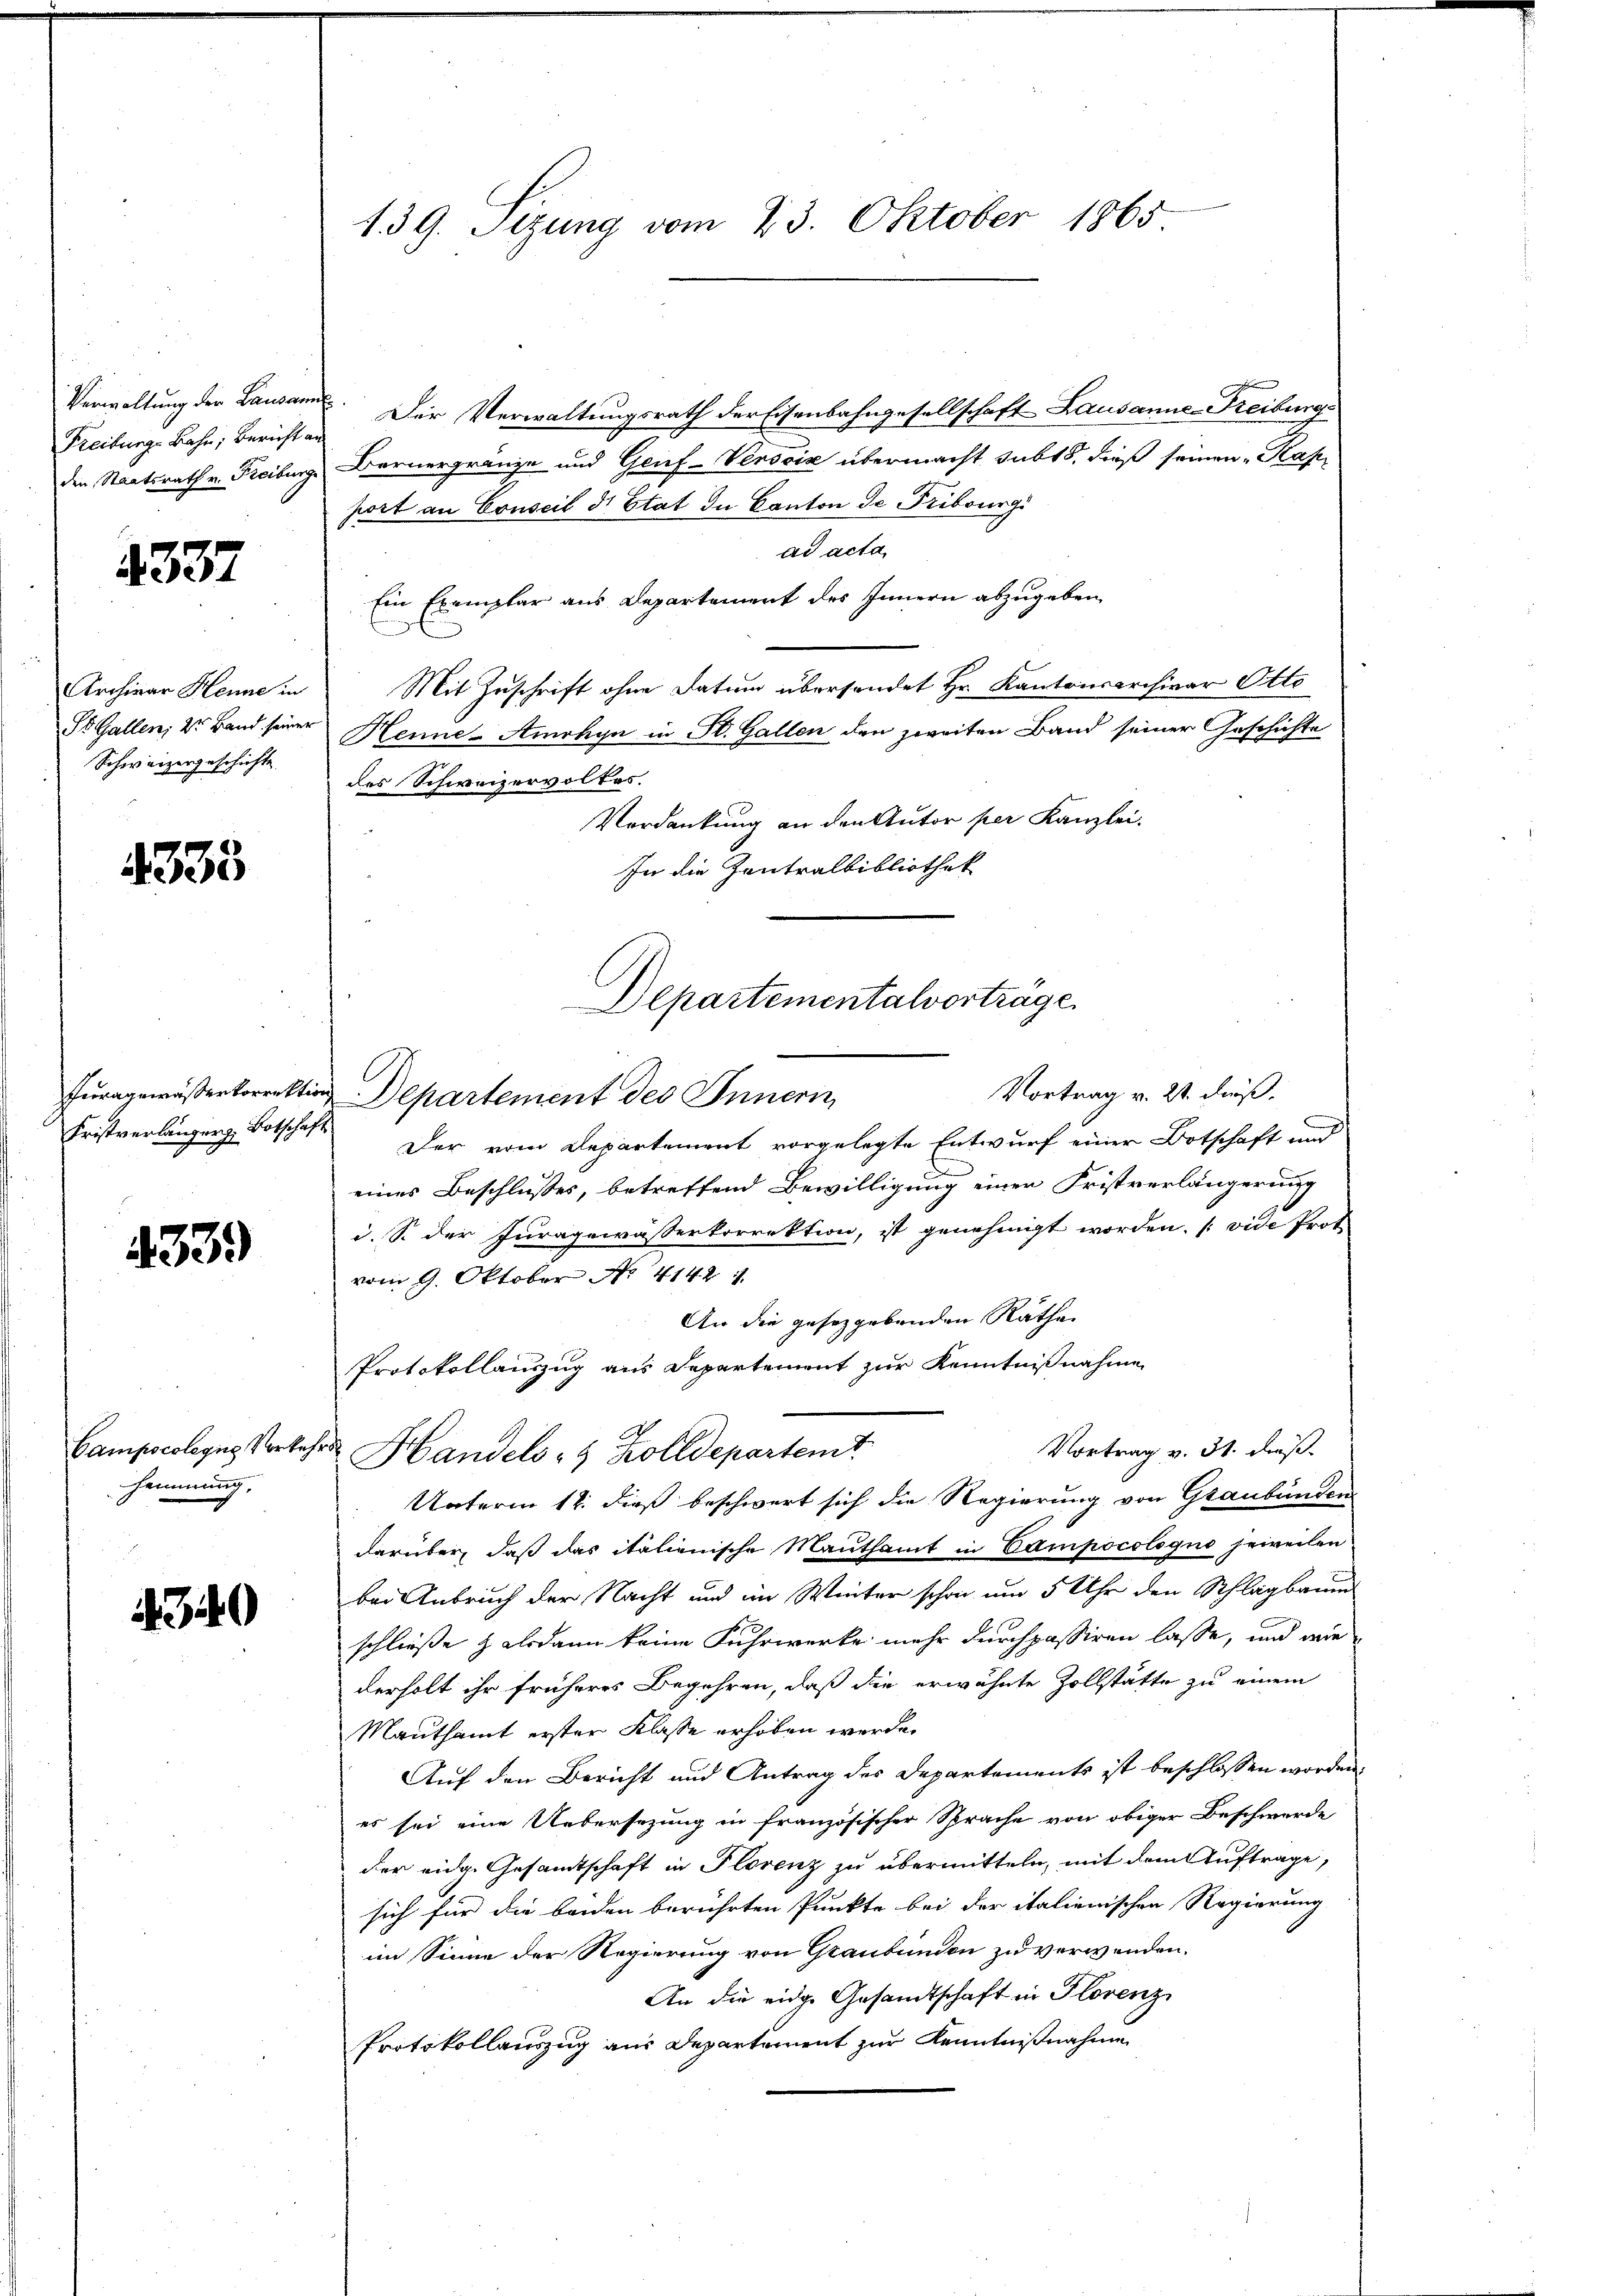
Freiburg-Bahn, Bericht an

4337

Archivar Henne in
St. Gallen, 2 Band seiner
Schweizergeschichte

4335

Fristverlänger Botschaft

4339

Hemmung,

4340

Verwaltung der Lausanne. Der Verwaltungsrath der Eisenbahngesellschaft Lausanne-Freiburg
den Staatsrath v. Freiburg Bernergränze und Genf-Versciz übermacht sub 18. dieß seinen „Kapport an Conseil d. Etat in Canton de Fribourgi
ad acta
Ein Exemplar aus Departement des Innern abzugeben,
Mit Zuschrift ohne Datum übersendet Hr. Kantonsarchivar Otto
Henne-Amohyn in St. Gallen den zweiten Band seiner Geschichte
des Schweizervolkes.
Verdankung an den Autor per Kanzlei.
In die Zentralbibliothek
Vortrag v. 21. dieß.
Furagewässerkorrektion Departement des Innern
Der vom Departement vorgelegte Entwurf einer Botschaft und
eines Beschlusses, betreffend Bewilligung einer Fristverlängerung
i. S. der Juragewässerkorrektion, ist genehmigt worden. (vide Prot
vom 9. Oktober No. 41421.
An die gesetzgebenden Rathe
Protokollauszug aus Departement zur Kenntnißnahme
Vortrag v. 31. dieß.
Campscologus Vorkehr Handels 8 Zolldepartemt
Unterm 12. dieß beschwert sich die Regierung von Graubünden
darüber, daß das italienische Mauthamt in Campocologus jeweilen
bei Anbruch der Nacht und im Winter schon um 5 Uhr den Schlagbaum
schließe alsdann keine Fuhrwerke mehr durchpassiren lasse, und wie
derholt ihr früheres Begehren, daß die erwähnte Zollstätte zu einem
Mauthamt erster Klasse erhoben werde.
Auf den Bericht und Antrag des Departements ist beschlossen worden,
es sei eine Uebersezung in französischer Sprache von obiger Beschwerde
der eidg. Gesamtschaft in Florenz zu übermitteln, mit dem Auftrage,
sich für die beiden berührten Punkte bei der italienischen Regierung
im Sinne der Regierung von Graubünden zu verwenden.
An die eidge Gesandtschaft in Florenz
Protokollauszug aus Departement zur Kenntnißnahme

139. Sizung vom 23. Oktober 1865

Departementalvorträge.